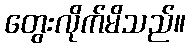
တွေးလိုက်မိသည်။